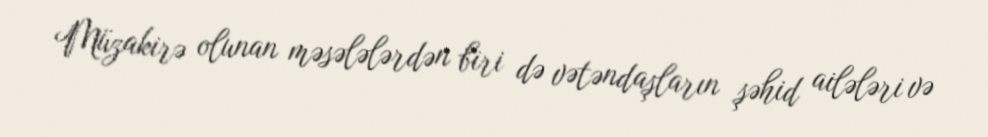
Müzakirə olunan məsələlərdən biri də vətəndaşların şəhid ailələri və